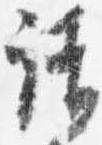
請